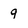
Character: 9